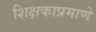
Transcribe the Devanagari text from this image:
शिक्षकाप्रमाणे